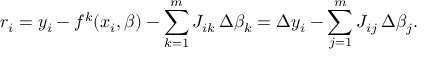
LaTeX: r _ { i } = y _ { i } - f ^ { k } ( x _ { i } , { \boldsymbol { \beta } } ) - \sum _ { k = 1 } ^ { m } J _ { i k } \, \Delta \beta _ { k } = \Delta y _ { i } - \sum _ { j = 1 } ^ { m } J _ { i j } \, \Delta \beta _ { j } .